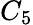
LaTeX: C_{5}